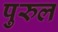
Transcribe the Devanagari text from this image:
पुरुल